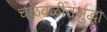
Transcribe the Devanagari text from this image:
चळवळीतसुद्धा